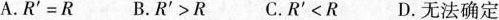
A.R^{\prime}=R B.R^{\prime}>R C.R^{\prime}<R D.无法确定